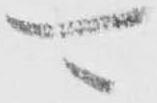
可